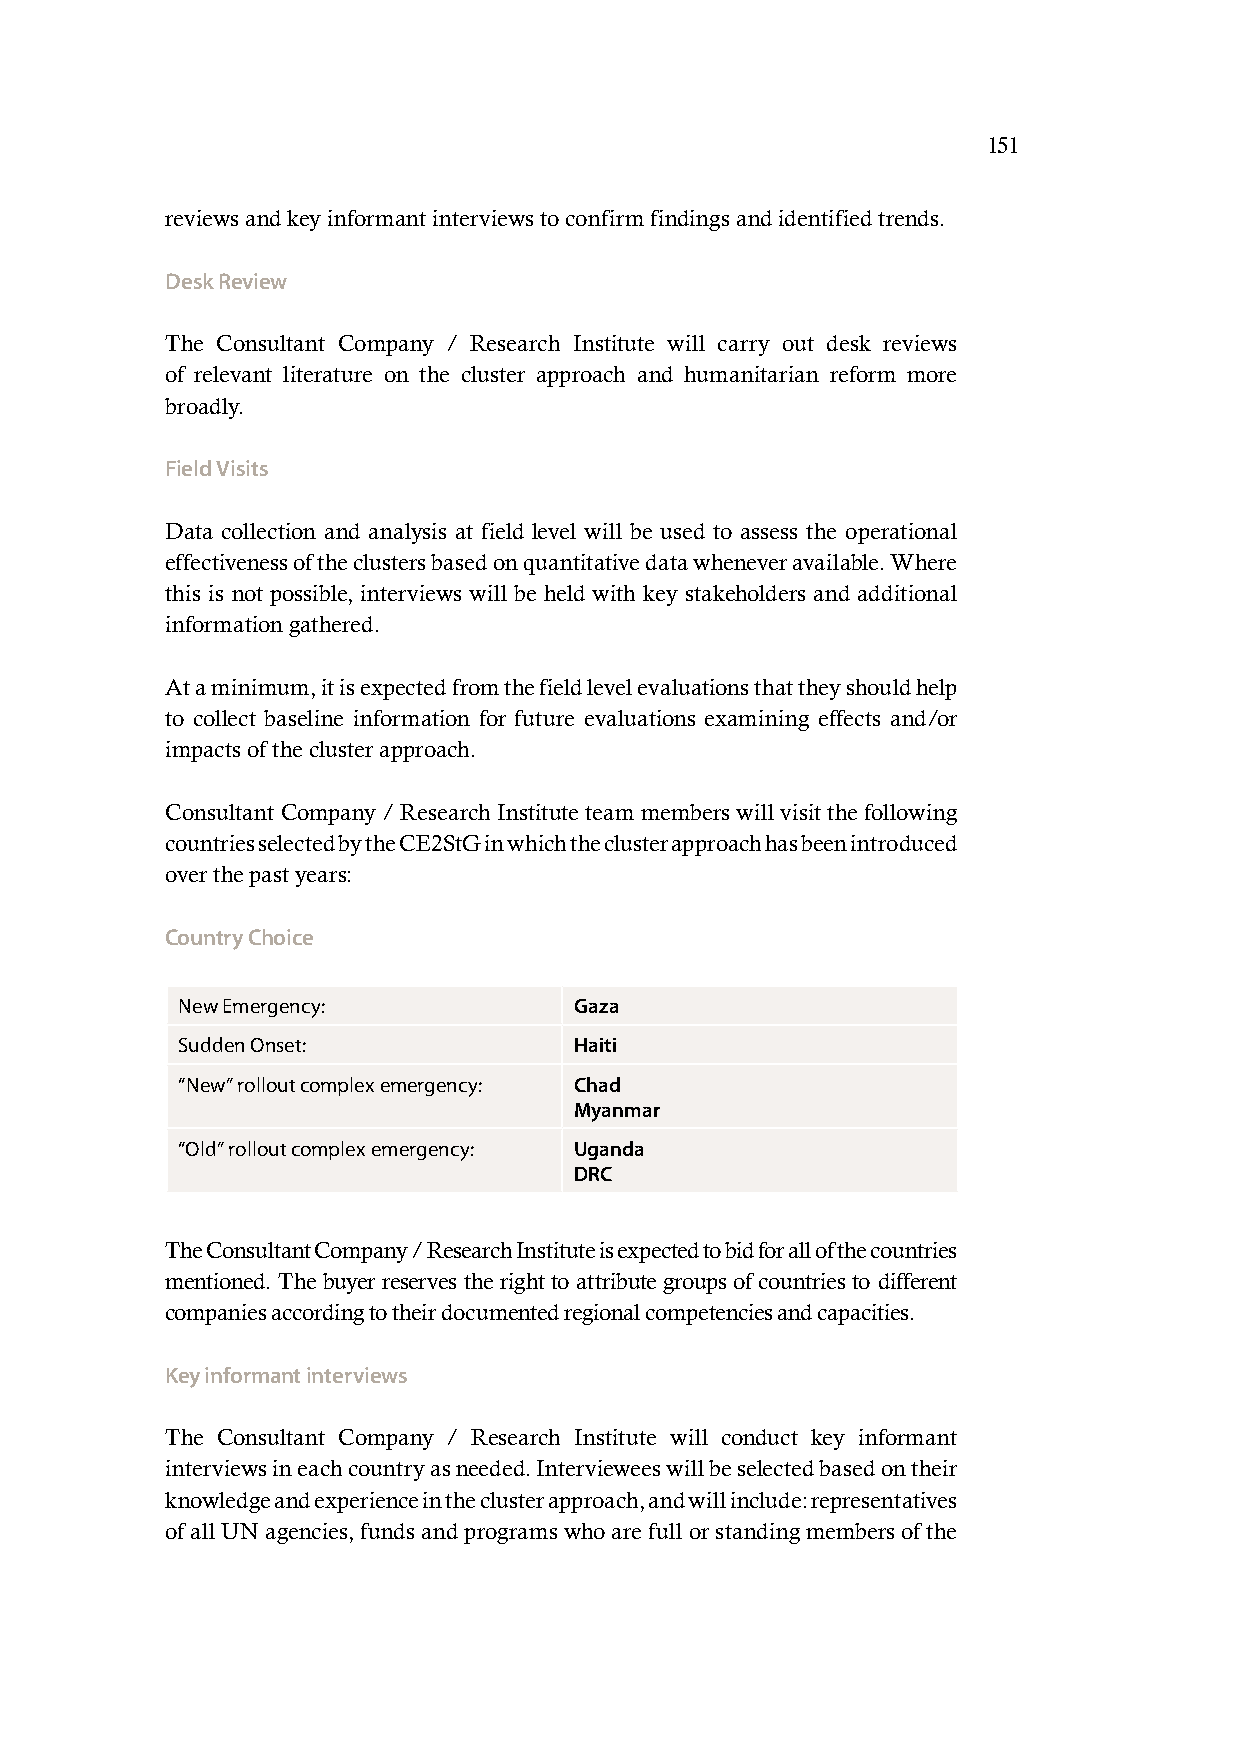
151
 reviews and key informant interviews to confirm findings and identified trends.
 Desk Review
 The Consultant Company / Research Institute will carry out desk reviews
 of relevant literature on the cluster approach and humanitarian reform more
 broadly.
 Field Visits
 Data collection and analysis at field level will be used to assess the operational
 effectiveness of the clusters based on quantitative data whenever available. Where
 this is not possible, interviews will be held with key stakeholders and additional
 information gathered.
 At a minimum, it is expected from the field level evaluations that they should help
 to collect baseline information for future evaluations examining effects and/or
 impacts of the cluster approach.
 Consultant Company / Research Institute team members will visit the following
 countries selected by the CE2StG in which the cluster approach has been introduced
 over the past years:
 Country Choice
 New Emergency:            Gaza
 Sudden Onset:             Haiti
 “New” rollout complex emergency: Chad
 Myanmar
 “Old” rollout complex emergency: Uganda
 DRC
 The Consultant Company / Research Institute is expected to bid for all of the countries
 mentioned. The buyer reserves the right to attribute groups of countries to different
 companies according to their documented regional competencies and capacities.
 Key informant interviews
 The Consultant Company / Research Institute will conduct key informant
 interviews in each country as needed. Interviewees will be selected based on their
 knowledge and experience in the cluster approach, and will include: representatives
 of all UN agencies, funds and programs who are full or standing members of the